Annual report of the Punjab Veterinary College and of the Civil Veterinary Department, Punjab - 1920-1925
Year: 1920
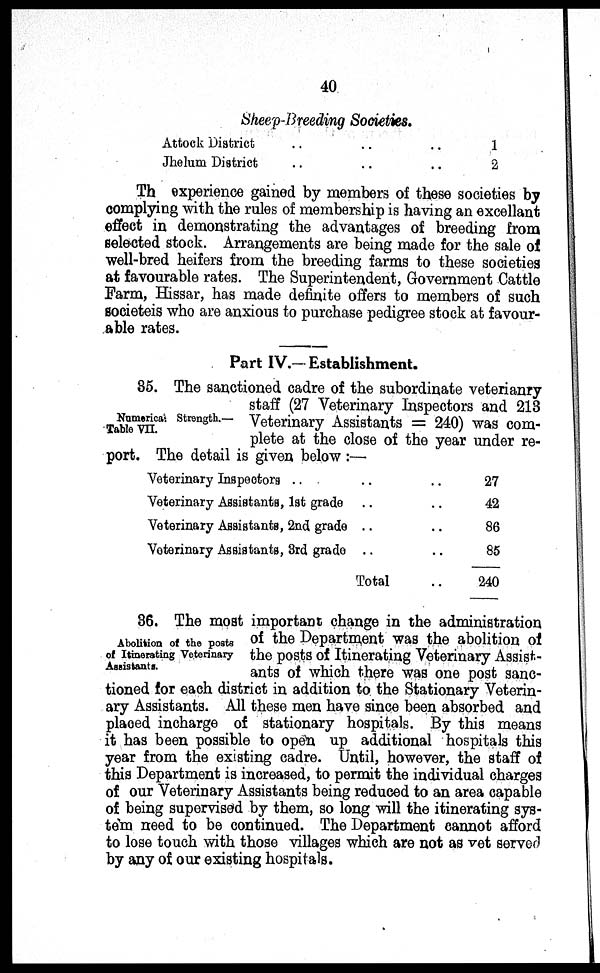
40
Sheep-Breeding Societies.
Attock District
Jhelum District
..
..
..
..
..
..
1
2
Th experience gained by members of these societies by
complying with the rules of membership is having an excellant
effect in demonstrating the advantages of breeding from
selected stock. Arrangements are being made for the sale of
well-bred heifers from the breeding farms to these societies
at favourable rates. The Superintendent, Government Cattle
Farm, Hissar, has made definite offers to members of such
societeis who are anxious to purchase pedigree stock at favour-
able rates.
Part IV.— Establishment.
Numerical Strength.—
Table VII.
35. The sanctioned cadre of the subordinate veterianry
staff (27 Veterinary Inspectors and 213
Veterinary Assistants = 240) was com-
plete at the close of the year under re-
port. The detail is given below:—
Veterinary Inspectors .. ..
Veterinary Assistants, 1st grade ..
Veterinary Assistants, 2nd grade ..
Veterinary Assistants, 3rd grade ..
Total
.. 27
.. 42
.. 86
.. 85
.. 240
Abolition of the posts
of Itinerating Veterinary
Assistants.
36. The most important change in the administration
of the Department was the abolition of
the posts of Itinerating Veterinary Assist-
ants of which there was one post sanc-
tioned for each district in addition to the Stationary Veterin-
ary Assistants. All these men have since been absorbed and
placed incharge of stationary hospitals. By this means
it has been possible to open up additional hospitals this
year from the existing cadre. Until, however, the staff of
this Department is increased, to permit the individual charges
of our Veterinary Assistants being reduced to an area capable
of being supervised by them, so long will the itinerating sys-
tem need to be continued. The Department cannot afford
to lose touch with those villages which are not as vet served
by any of our existing hospitals.